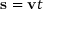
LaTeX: \mathbf { s } = \mathbf { v } t